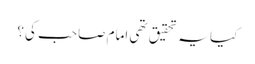
کیا یہ تحقیق تھی امام صاحب کی؟